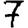
Digit: 7